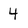
Character: 4